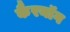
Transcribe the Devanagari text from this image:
कैरनॉग